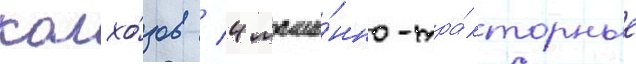
колхо́зов / 4 маши́нно-тра́кторные